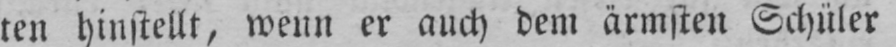
ten hinstellt, wenn er auch dem ärmsten Schüler